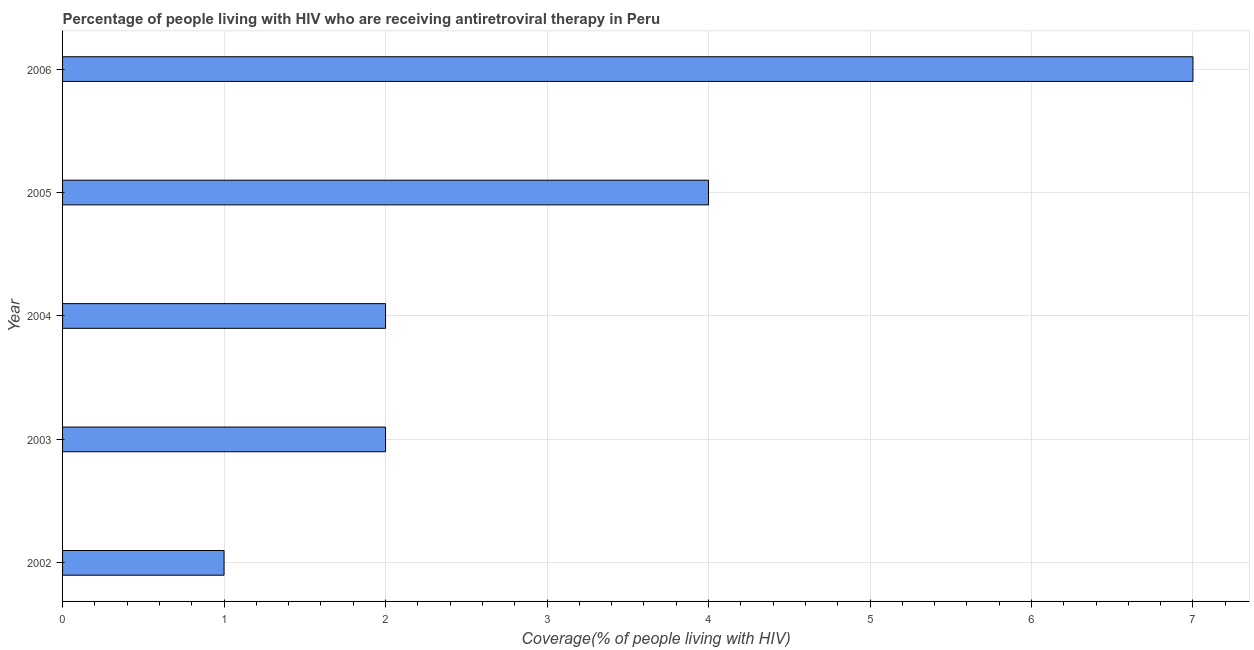
| Year | Antiretroviral therapy coverage |
 | --- | --- |
 | 2002 | 1 |
 | 2003 | 2 |
 | 2004 | 2 |
 | 2005 | 4 |
 | 2006 | 7 |